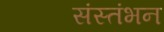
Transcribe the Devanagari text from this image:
संस्तंभन